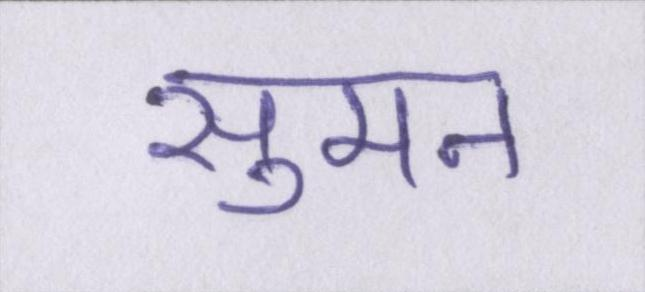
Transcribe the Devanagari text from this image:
सुमन